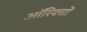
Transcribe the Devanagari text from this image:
ऑरिक्सों